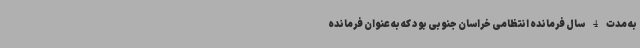
به مدت 4 سال فرمانده انتظامی خراسان جنوبی بود که به عنوان فرمانده